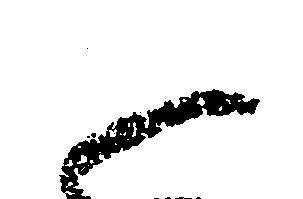
御